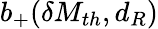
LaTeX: b_{+}(\delta M_{th},d_{R})